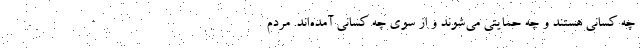
چه کسانی هستند و چه حمایتی می‌شوند و از سوی چه کسانی آمده‌اند. مردم